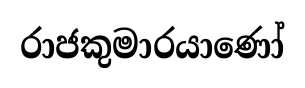
රාජකුමාරයාණෝ